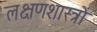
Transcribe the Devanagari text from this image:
लक्षणशास्त्रों